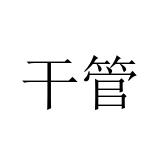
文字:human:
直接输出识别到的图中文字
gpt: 干管